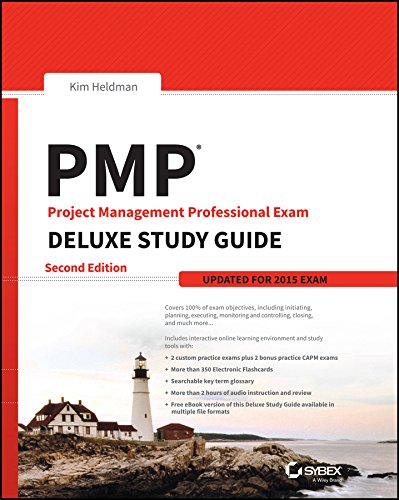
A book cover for PMP Project Management Professional Exam Deluxe Study Guide: Updated for 2015 Exam; Kim Heldman; Test Preparation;